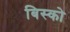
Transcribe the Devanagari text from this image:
बिस्को